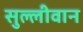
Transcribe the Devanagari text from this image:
सुल्लीवान